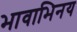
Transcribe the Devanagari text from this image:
भावाभिनय